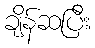
ချိန်ဆပြီး